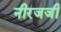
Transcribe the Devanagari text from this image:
नीरजजी